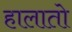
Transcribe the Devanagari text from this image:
हालातो